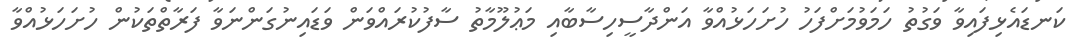
ކަނޑައެޅިފައިވާ ވަގުތު ހަމަވުމަށްފަހު ހުށަހަޅުއްވާ އަންދާސީހިސާބާއި މަޢުލޫމާތު ސާފުކުރައްވަން ވަޑައިނުގަންނަވާ ފަރާތްތަކުން ހުށަހަޅުއްވާ